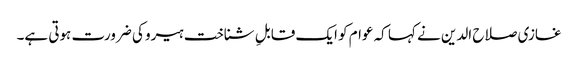
غازی صلاح الدین نے کہا کہ عوام کو ایک قابلِ شناخت ہیرو کی ضرورت ہوتی ہے۔